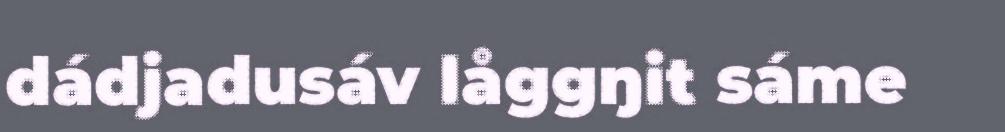
dádjadusáv låggŋit sáme